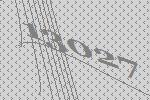
13027